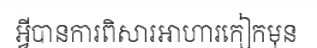
អ្វីបានការពិសារអាហារកៀកមុន